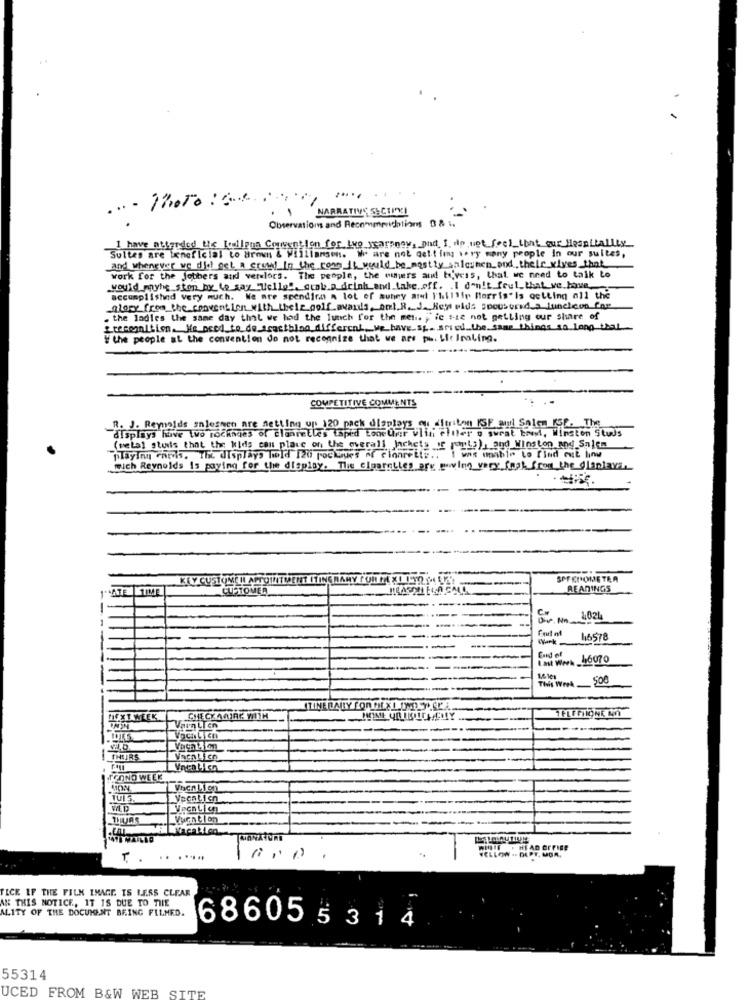
...
NARRATIVE SECTINGI
Observations and Recommrnichtions 88 1.
I have atlanded the Kolena Convention for Luo sgarpeny, And I do not fool_that our Hospitality
Sultes are ienoficial to Brown & Williamson. We are not delt img wory many people in our suites,
and whenever we did get a crowd in the rome it would be mostly salonen and their wives that
work for the Jobbers and verslors. The people, the outers and b'yess, that we need to talk to
would mathis ston bre to say Welles, grab a drink and take off. I don't foul that we have
accomplished very much. We are spending a lot of auney arel I'hillir Morris"is getting all the
glory from the convention with their golf awards, ant R. J. Heje wids spouseund a luncheon far
. the ladies the same day that we had the lunch for the met .. "ic sie not getting our share of
# the people at the convention do not recognize that we are ph. Lit Inaling.
COMPETITIVE COMMENTS
. J. Reynolds snlessen are setting up 120 pack displays ou ditriton ISF anil Solen KSE, The
displays have two rockiges of clanretles taped toneuer vlin elller o sweat Eren, Winston Studs
(metal studis that the kids con place on the overall jachets _if piks) , and Winston and Snlem
playing chevhs. The displays hold 120 pockues of cionrette ., I was unable to find out hinw
wich Reynolds Is paying for the display. The cigarettes ary giving very fusk front the dlaplays-
KEY CUSTUME IL APPOINTMENT ITINGRAMY FUNK *! !!
SPEEDOMETER
ATE TIME
CUSTOMER
READINGS
Dr. No.
Cx
102L
46578
Last Week 56070
End of
16 1en
This Week
500
ITINERARY FORCHE LLY LA
ELFFIIONE AO
NEXT WEEK
CHECK AMIRE MATH
Vara LI en
Vocalych
THEJRS
TOONO WEEK
Vncn Lien
TUI S
VED
Nachklon
. HEAD OFFICE
. . ......
VELLOW - DEPT. MOM,
FICK IF THE FILM IMAGE IS LESS CLEAR
AN THIS NOTICE, IT IS DUE TO THE
ALITY OF THE DOCUMENT BRING FILMED.
686055314
55314
UCED FROM B&W WEB SITE